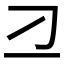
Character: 𬺴